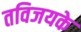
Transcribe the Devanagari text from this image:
तविजयके